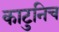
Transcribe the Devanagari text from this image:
काटुनिच